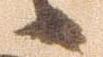
候